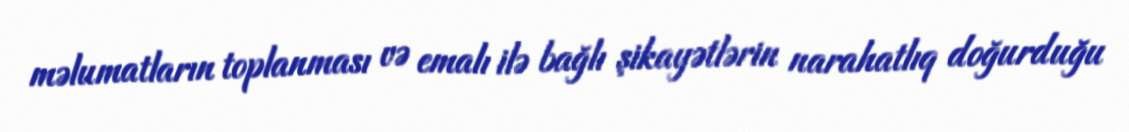
məlumatların toplanması və emalı ilə bağlı şikayətlərin narahatlıq doğurduğu